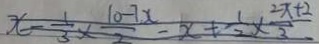
x - \frac { 1 } { 3 } \times \frac { 1 0 - 7 x } { 2 } - x + \frac { 1 } { 2 } \times \frac { 2 x + 2 } { 3 }